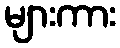
များကား